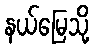
နယ်မြေသို့